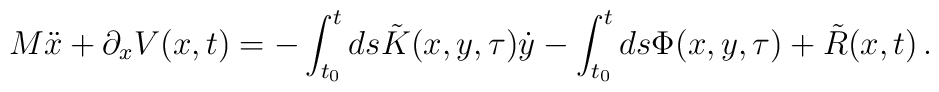
M\ddot{x} + \partial_{x}V(x,t) =- \int_{t_{0}}^{t} ds \tilde{K} (x,y,\tau)\dot{y} - \int_{t_{0}}^{t} ds\Phi (x,y,\tau) + \tilde{R}(x,t) \, .